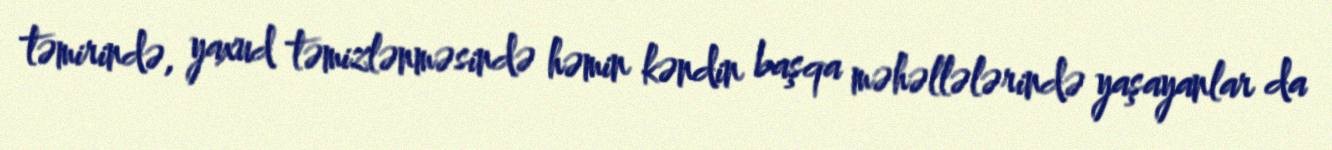
təmirində, yaxud təmizlənməsində həmin kəndin başqa məhəllələrində yaşayanlar da